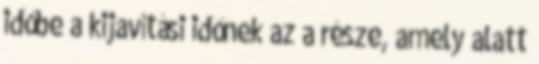
időbe a kijavítási időnek az a része, amely alatt